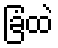
ခြံထဲ